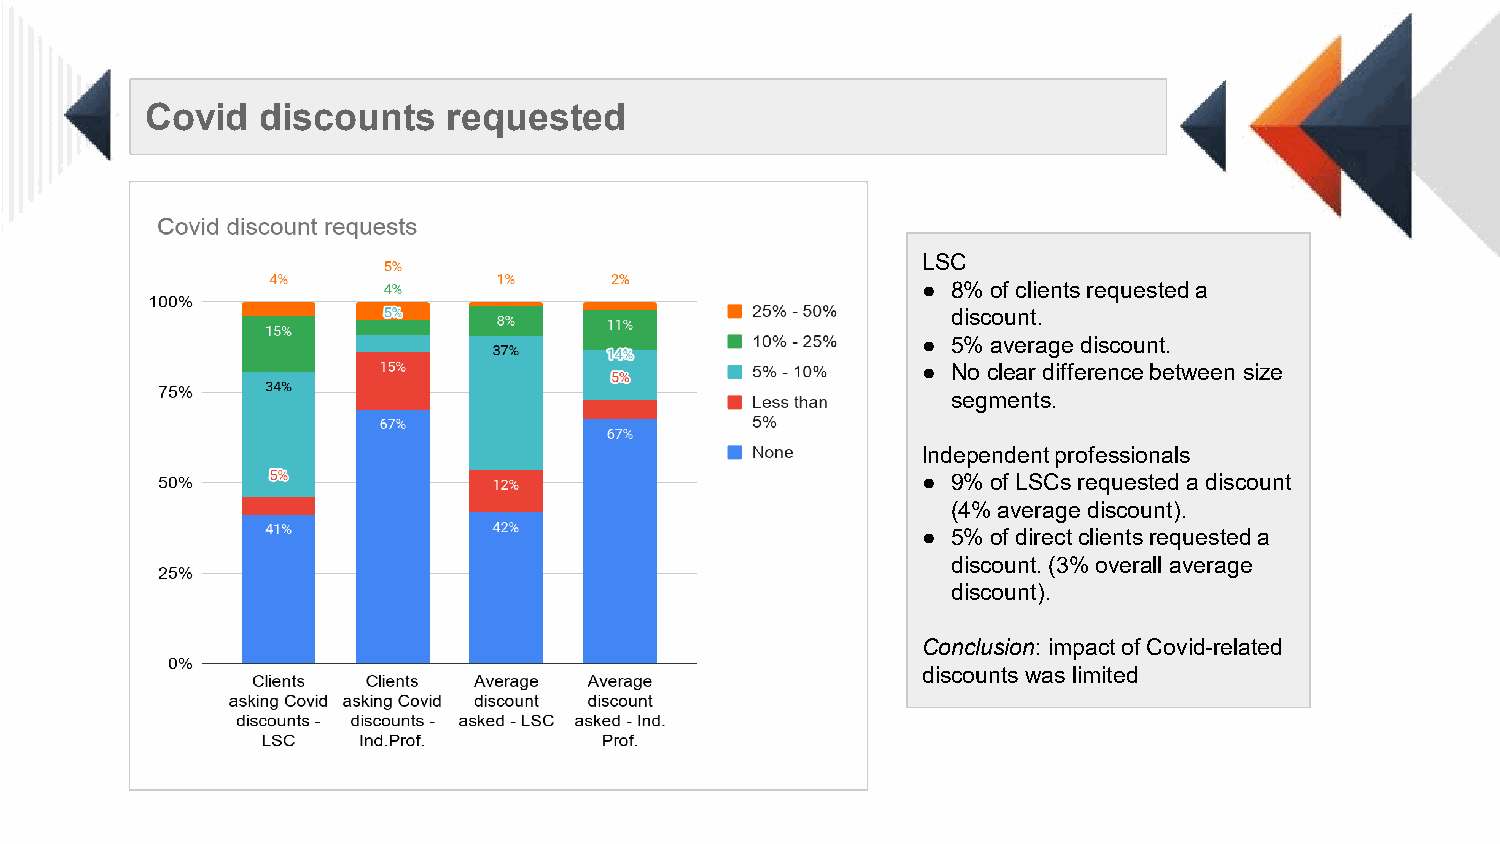
Covid  discounts    requested
 LSC
 ● 8% of clients requested a
 discount.
 ● 5% average discount.
 ● No clear difference between size
 segments.
 Independent professionals
 ● 9% of LSCs requested a discount
 (4% average discount).
 ● 5% of direct clients requested a
 discount. (3% overall average
 discount).
 Conclusion: impact of Covid-related
 discounts was limited